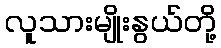
လူသားမျိုးနွယ်တို့